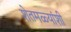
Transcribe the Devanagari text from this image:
शेतमळ्यांशी